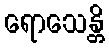
ရောသေန္တိ